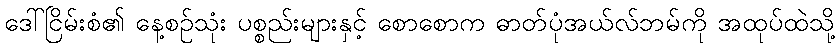
ဒေါ်ငြိမ်းစံ၏ နေ့စဉ်သုံး ပစ္စည်းများနှင့် စောစောက ဓာတ်ပုံအယ်လ်ဘမ်ကို အထုပ်ထဲသို့